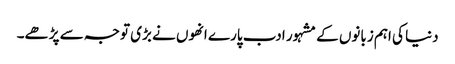
دنیا کی اہم زبانوں کے مشہور ادب پارے انھوں نے بڑی توجہ سے پڑھے۔